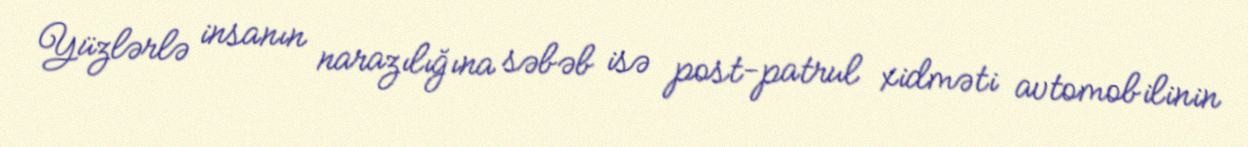
Yüzlərlə insanın narazılığına səbəb isə post-patrul xidməti avtomobilinin